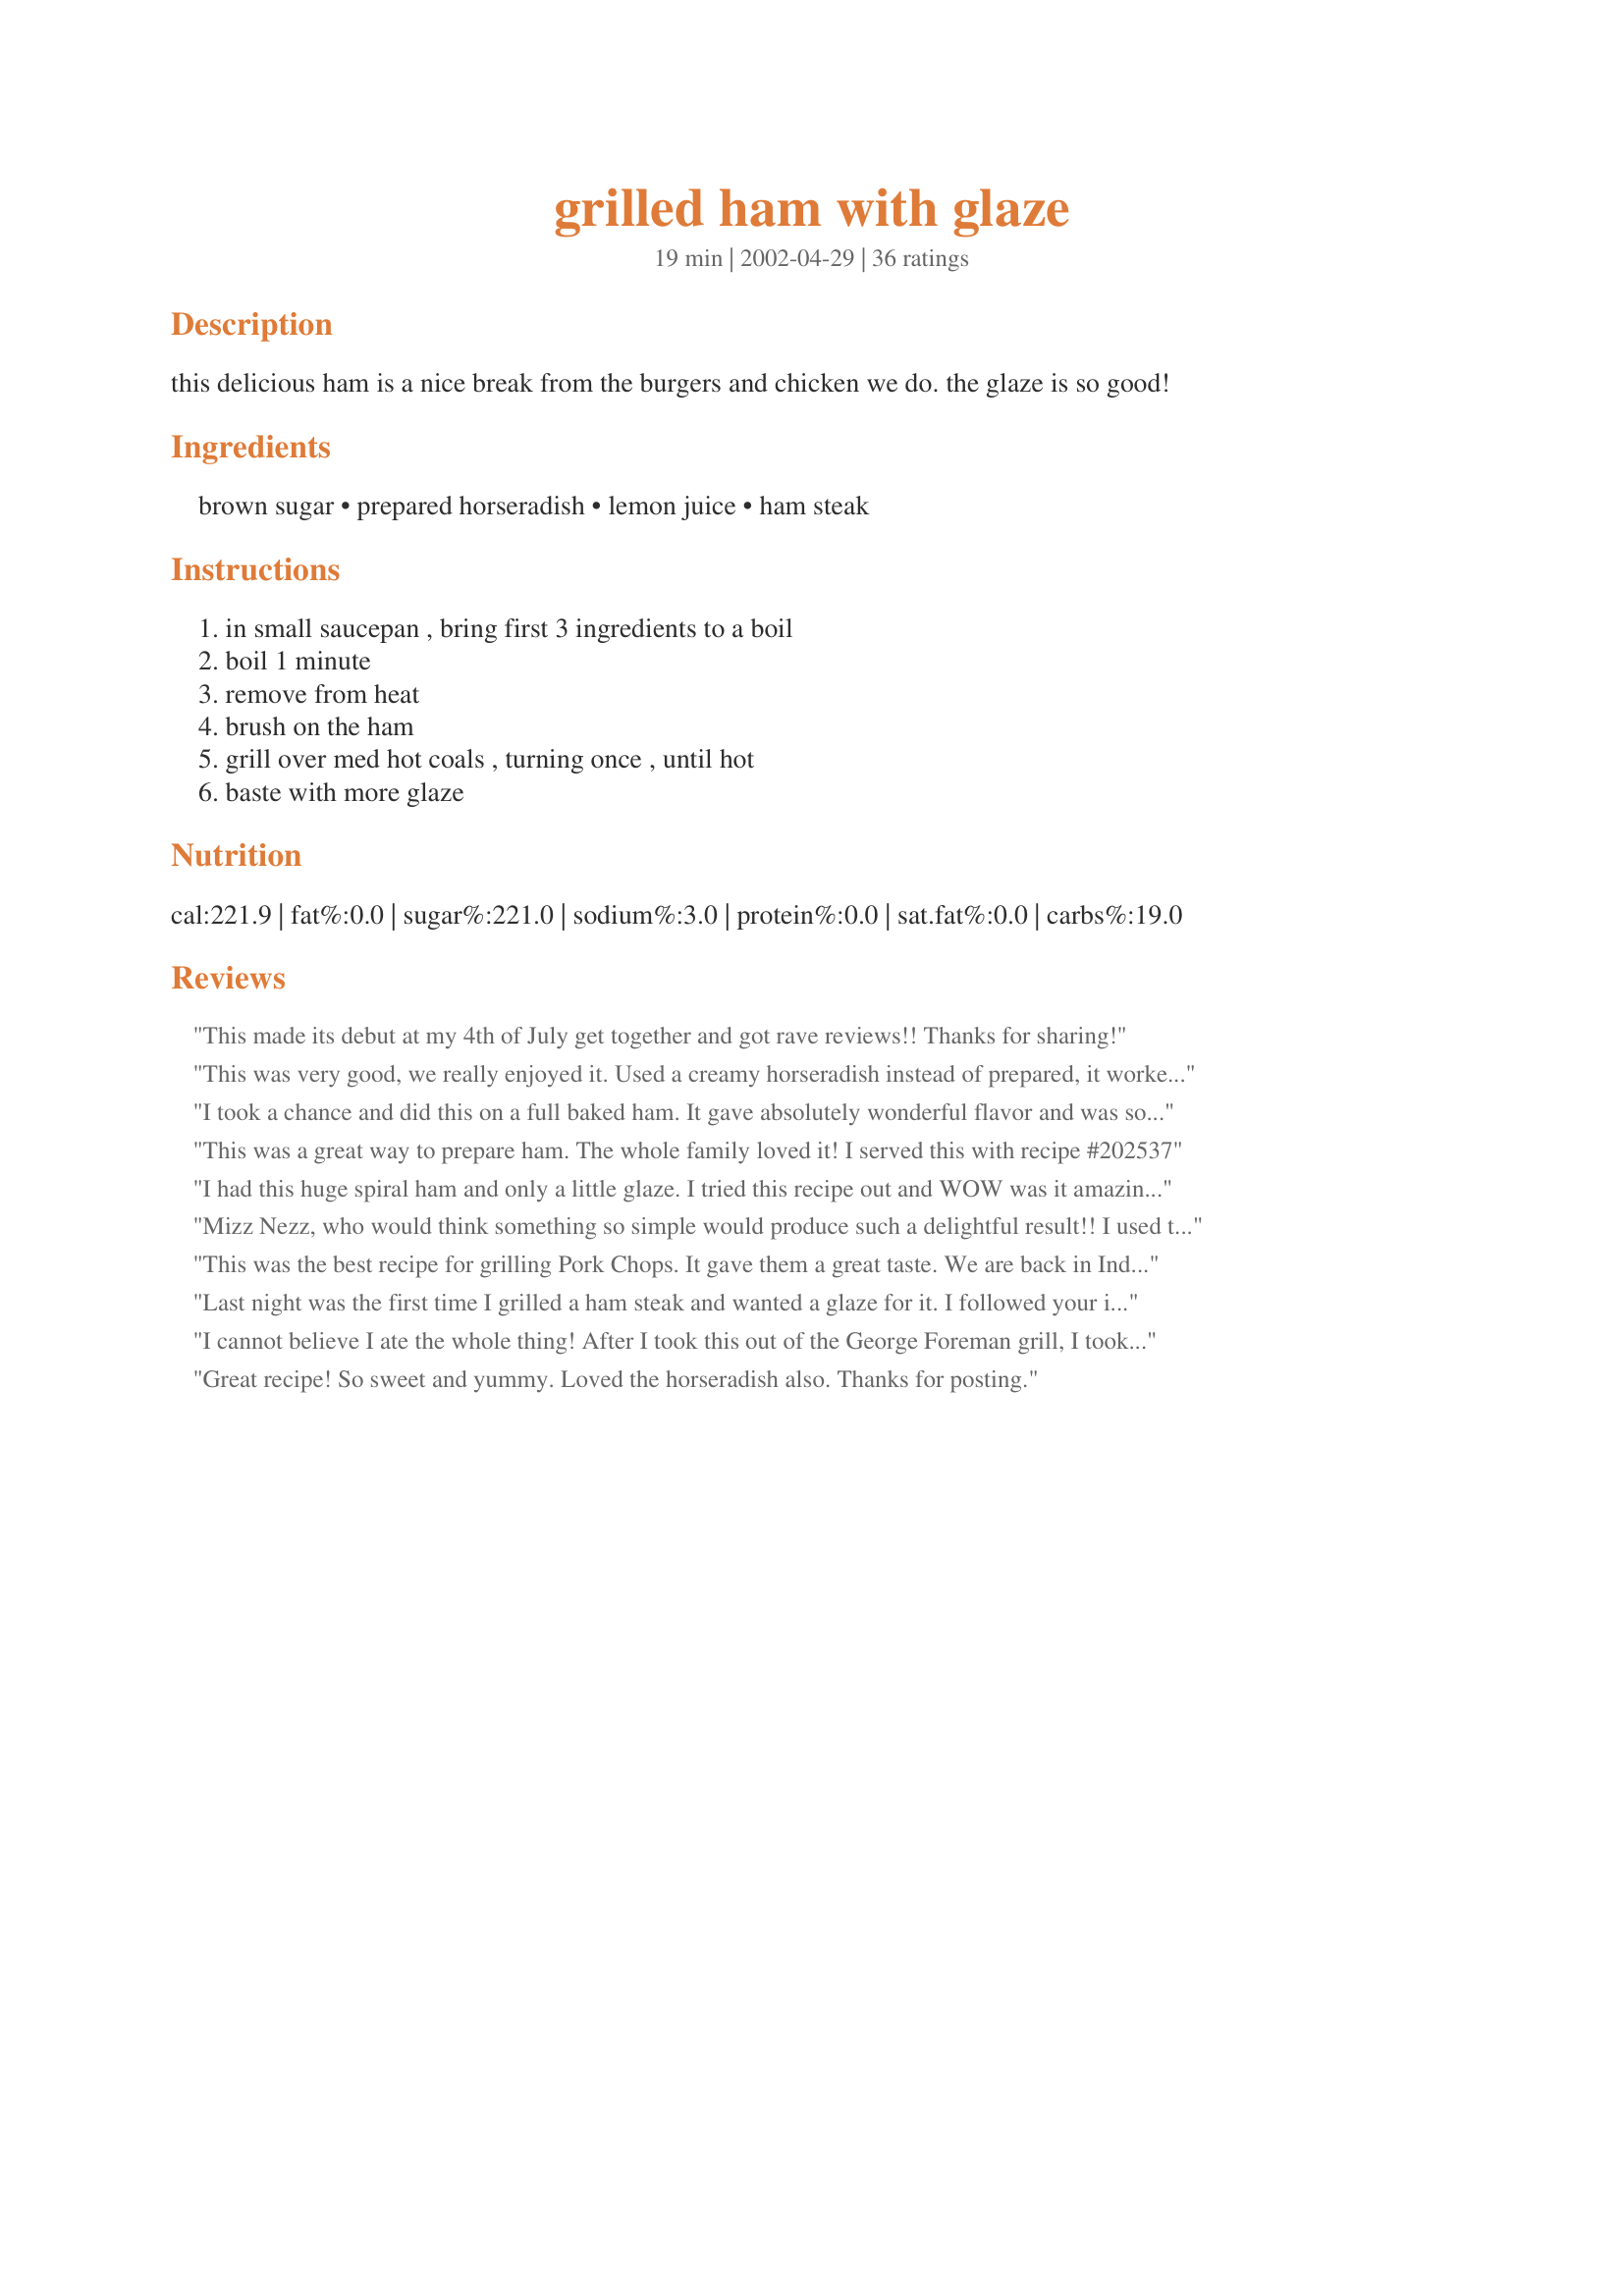
grilled ham with glaze
Preparation time: 19 minutes

this delicious ham is a nice break from the burgers and chicken we do. the glaze is so good!

Ingredients:
brown sugar, prepared horseradish, lemon juice, ham steak

Steps:
in small saucepan , bring first 3 ingredients to a boil, boil 1 minute, remove from heat, brush on the ham, grill over med hot coals , turning once , until hot, baste with more glaze

Reviews:
This made its debut at my 4th of July get together and got rave reviews!! Thanks for sharing!
This was very good, we really enjoyed it. Used a creamy horseradish instead of prepared, it worked wonderfully.
Thanx for great addition.
I took a chance and did this on a full baked ham. It gave absolutely wonderful flavor and was so quick and easy to make. I used the juice of a lime instead of a lemon, but otherwise followed the recipe exactly. I was advised to not put the glaze on until the last 20 minutes of baking because the glaze will make a sticky mess in the pan. I should have heeded the advice, because baked on sugar is very difficult to clean, even on a teflon roaster. Try this on a baked ham, but if you do, put foil in the pan to catch the drippings to make an easy clean up. The measurements covered a large baked hame with bone in and I basted it several times while baking. It was very good!
This was a great way to prepare ham. The whole family loved it! I served this with recipe #202537
I had this huge spiral ham and only a little glaze. I tried this recipe out and WOW was it amazing. I had my apprehensions about the horseradish but got to say it was AMAZING!! Thankyou MIZZ for sharing you ROCK!!!
Mizz Nezz, who would think something so simple would produce such a delightful result!! I used two fully cooked ham steaks. At the last minute, the weather turned bad, so we decided to cook inside, instead. I followed your directions to cook the glaze mixture. Then I placed my two ham steaks in an 8 1/2 x 11 pan, poured the glaze mixture over, sealed the pan with foil and baked in my oven at 350 degrees for about 45 minutes. The ham was glazed to perfection, fork tender and tasted just wonderful. Anyone worried about the horseradish being too strong, need not worry. The taste of this glaze is a perfect balance for ham. This is definitely a keeper in my book!

This was the best recipe for grilling Pork Chops. It gave them a great taste. We are back in Indiana so tonight I'm going to use this recipe on a Ham Steak and bake it in the oven. Thanks a lot.
Last night was the first time I grilled a ham steak and wanted a glaze for it. I followed your instructions. It was quick, easy and turned out great! However, for us, it was "too" sweet. Hense, the 4 stars. I "will" use your recipe again, but will use a lot less brown sugar. For us, 1 Cup of brown sugar overpowered the lemon juice and horseradish. I can't wait to make another ham steak. Also, I want to use the less brown sugar glaze with grilled fresh pineapple. Thank you. :)
I cannot believe I ate the whole thing! After I took this out of the George Foreman grill, I took just a small bite to see if it was good, and before I knew what had happened it was all gone. I had to cook DH another meal. I love the tastes of brown sugar, lemon, and horseradish seperately, and here I got them all together. This is one of my favorite recipes I have ever tried. I cooked for about 10 minutes on the Foreman grill. Thanks for a very tasty dish!
Great recipe! So sweet and yummy. Loved the horseradish also. Thanks for posting.
Amazing recipe!We really enjoyed it. They were trying to figure out the taste and what the ingredients were; surprise!horsradish.
This will be in my Outstanding; we love ham steak and it's fun to try something new.Thanks fo posting.
Rita
I haven't even eaten the ham as it is still in the oven but just based on the flavor of the glaze I give it five starts. Very yummy! The idea of the three ingrediants didn't sound good but they are awesome together. YUMMY!
Just told my friend this morning that with the "grilling season" starting, I wanted to post this recipe to share - but, here it is already, with rave reviews!! It's one I've been making for years also with rave reviews every time! People who claim to not like ham have requested the recipe! Even if you don't like horseradish, this is a "must try" because the flavors are so well blended, that the horseradish taste is mild. When making this, I pound the ham to make it more tender. Instead of boiling the sauce, I mix it up and then marinade the pounded ham in it for 4-6 hours (or more). Then, I use remaining marinade to glaze the meat while grilling. Turns out great - tender and flavorful! I've also had good results on the George Foreman indoor grill. Thanks for sharing.
This is one of my favorite recipe's on recipe zaar! It is a staple in my family. I wouldn't change a thing! I also like to bake the ham because the juices are so good! Thanks for the post Mizz Nezz!
This sadly wasnt the best for my family! my husband didnt like this at all :( he didnt enjoy the mustard flavor
My guys really liked this. I don't eat ham so I put some of the glaze on salmon and that was good also. Thanks for sharing!
Fantastic!! This could easily be the very best ham I've ever eaten. We all loved it. The recipe makes a lot of glaze though. Next time I'll probably only prepare half of the recipe. Easy to make and extremely flavorful. Thanks so much MizzNezz for a new favorite grill recipe!
This was fabulous. Don't let the glaze mixture scare you. You cannot taste the individual ingredients, yet the mixture was delicious. My husband was a bit skeptical at first but really enjoyed it when it was finished. He even said he wanted it again! Thanks for a great recipe.
Loved, loved, loved the horseradish in this. It gave it a very unique flavor that we've never tried before. We eat alot of ham steaks and are always looking for new ways of preparing them.....these are a keeper. I'm planning on making them again this week. (I'm playing catch up on reviews this week) Thank you for another great recipe....Stephanie
This was the best glaze I've ever had on a ham steak. My husband was quite skeptical and was worried our picky daughter wouldn't touch it... she took seconds!! Very easy and quick and oh so good!
very nice glaze, I used it on a ham we had for easter and it came out very nice
Very good! We made this for supper tonight with fried corn and a salad. I halfed the recipe as there is only two of us. I never imagined those three ingredients would turn out so good. This is definately a keeper. Thanks for sharing.
Terrific glaze!!! I love this stuff and it was so easy. Prepared 3 ham steaks and the glaze was the best. I will triple this recipe and use it on my next whole ham. Can use it on the grill or oven for chicken and pork too. Thanks, MizzNezz
This stuff is awesome! I cut the ham into ka-bob sized cubes and slid them onto bamboo skewers with an alternating chunk of pineapple. Threw them on the grill to heat them up and get some nice grill marks while painting them with the glaze. Who would of thought that something so simple would be soooo good!
Turned out great...will definitely use again! I love recipes with just a few ingredients.
Loved it. Used for catering job. Got excellent reviews from everyone!
Quick and easy to make. I only had one ham steak and it sounded like a lot. So, I cut the recipe in half. It made plenty and I still had a little left over. I didn&#039;t eat any, but my family enjoyed it. They gave it 4 stars.
 I have never thought of using horseradish with ham but it is delicious! My steak was a skinny number so I BBQ'd it for about 15 minutes Wonderful flavor thanks Tyler for a really differnt good recipe
WOW! What a great taste on ham. I used 1/2 the mixture as a marinade for about 2 hours and then used the remainder for a baste during grilling. My son thought it needed way more than 5 stars, the other couldn't believe he was eating horseradish! The combination of flavors is super. Thanks for another way to make a great quick meal.
I cooked this last night and it was great! I had only enough ingredients to make 1/3 of the glaze, but it was plenty to brush on the ham, but not enough left over for dipping. This recipe is going into my weekly meal rotation. I couldn't believe how good it was, and how simple to make. Thanks for posting :)
Deliciously different....loved the use of horseradish! I actually used this to glaze a spiral-sliced ham - yummy!
I too cooked this in the oven rather than the grill and we both loved it! Thanks so much for the recipe.
Wonderful! I made no changes.
Thanks! :O)
I made this last night for a ham steak - it was delicious! My kids weren't sure if they'd like it when they saw me making the glaze, but gobbled the ham right up when it was ready! Very simple and straightforward. I served it with scalloped potatoes, peas and a salad.
I can tell you right now, Ham Steak has never tasted this good! This glaze is fabulous! I will be serving this from now on! I was planning to take a picture of the ham on the grill, but it was gone before I had a chance ; ) Dan devoured it, Nezz : ) He loves horseradish and brown sugar, and this is the perfect combination to put a smile on his face. I served this with my own Fried Corn and Marie's Crispy Potatoes with Bacon, Garlic and Parsley. As always, Nezz's recipes are the best : ) Thanks again, MizzNezz.
This was delicious. Made this for Easter dinner. Both DH and children do not like horseradish, but devoured the ham. Copied Susie in TX's cooking procedure as the grill was out of gas. Would decrease the cooking time by 10 minutes. Thanks MizzNezz!
